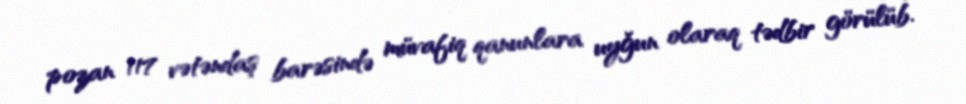
pozan 117 vətəndaş barəsində müvafiq qanunlara uyğun olaraq tədbir görülüb.